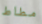
مطاط